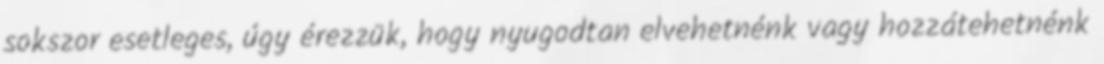
sokszor esetleges, úgy érezzük, hogy nyugodtan elvehetnénk vagy hozzátehetnénk